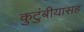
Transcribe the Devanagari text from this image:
कुटुंबीयासह